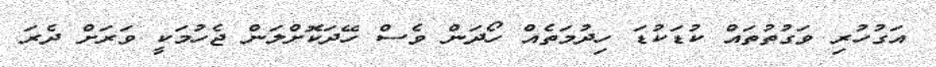
އަގުހުރި ވަގުތުތައް ކުޑަކުޑަ ހިދުމަތެއް ހޯދަން ވެސް ހޭދަކޮށްލަން ޖެހުމަކީ ވަރަށް ދެރަ